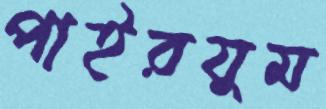
পাইরযুম